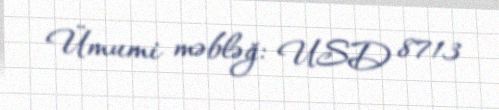
Ümumi məbləğ: USD 8713